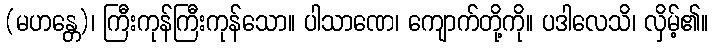
(မဟန္တေ)၊ ကြီးကုန်ကြီးကုန်သော။ ပါသာဏေ၊ ကျောက်တို့ကို။ ပဒါလေသိ၊ လှိမ့်၏။